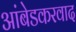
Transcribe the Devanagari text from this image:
अांबेडकरवाद